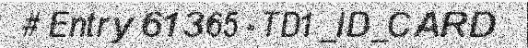
# Entry 61365 - TD1_ID_CARD